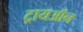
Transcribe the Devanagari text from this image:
ट्रायऑन